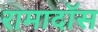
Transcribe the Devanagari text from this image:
रामादॉस